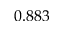
0 . 8 8 3